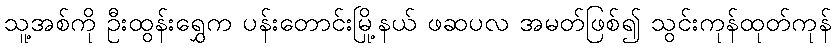
သူ့အစ်ကို ဦးထွန်းရွှေက ပန်းတောင်းမြို့နယ် ဖဆပလ အမတ်ဖြစ်၍ သွင်းကုန်ထုတ်ကုန်